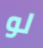
لو